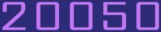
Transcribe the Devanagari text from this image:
२००५०